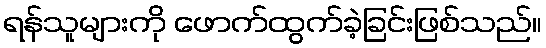
ရန်သူများကို ဖောက်ထွက်ခဲ့ခြင်းဖြစ်သည်။